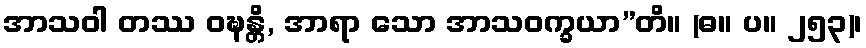
အာသဝါ တဿ ဝဍ္ဎန္တိ, အာရာ သော အာသဝက္ခယာ”တိ။ (ဓ။ ပ။ ၂၅၃)၊